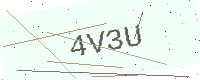
Text: 4V3U